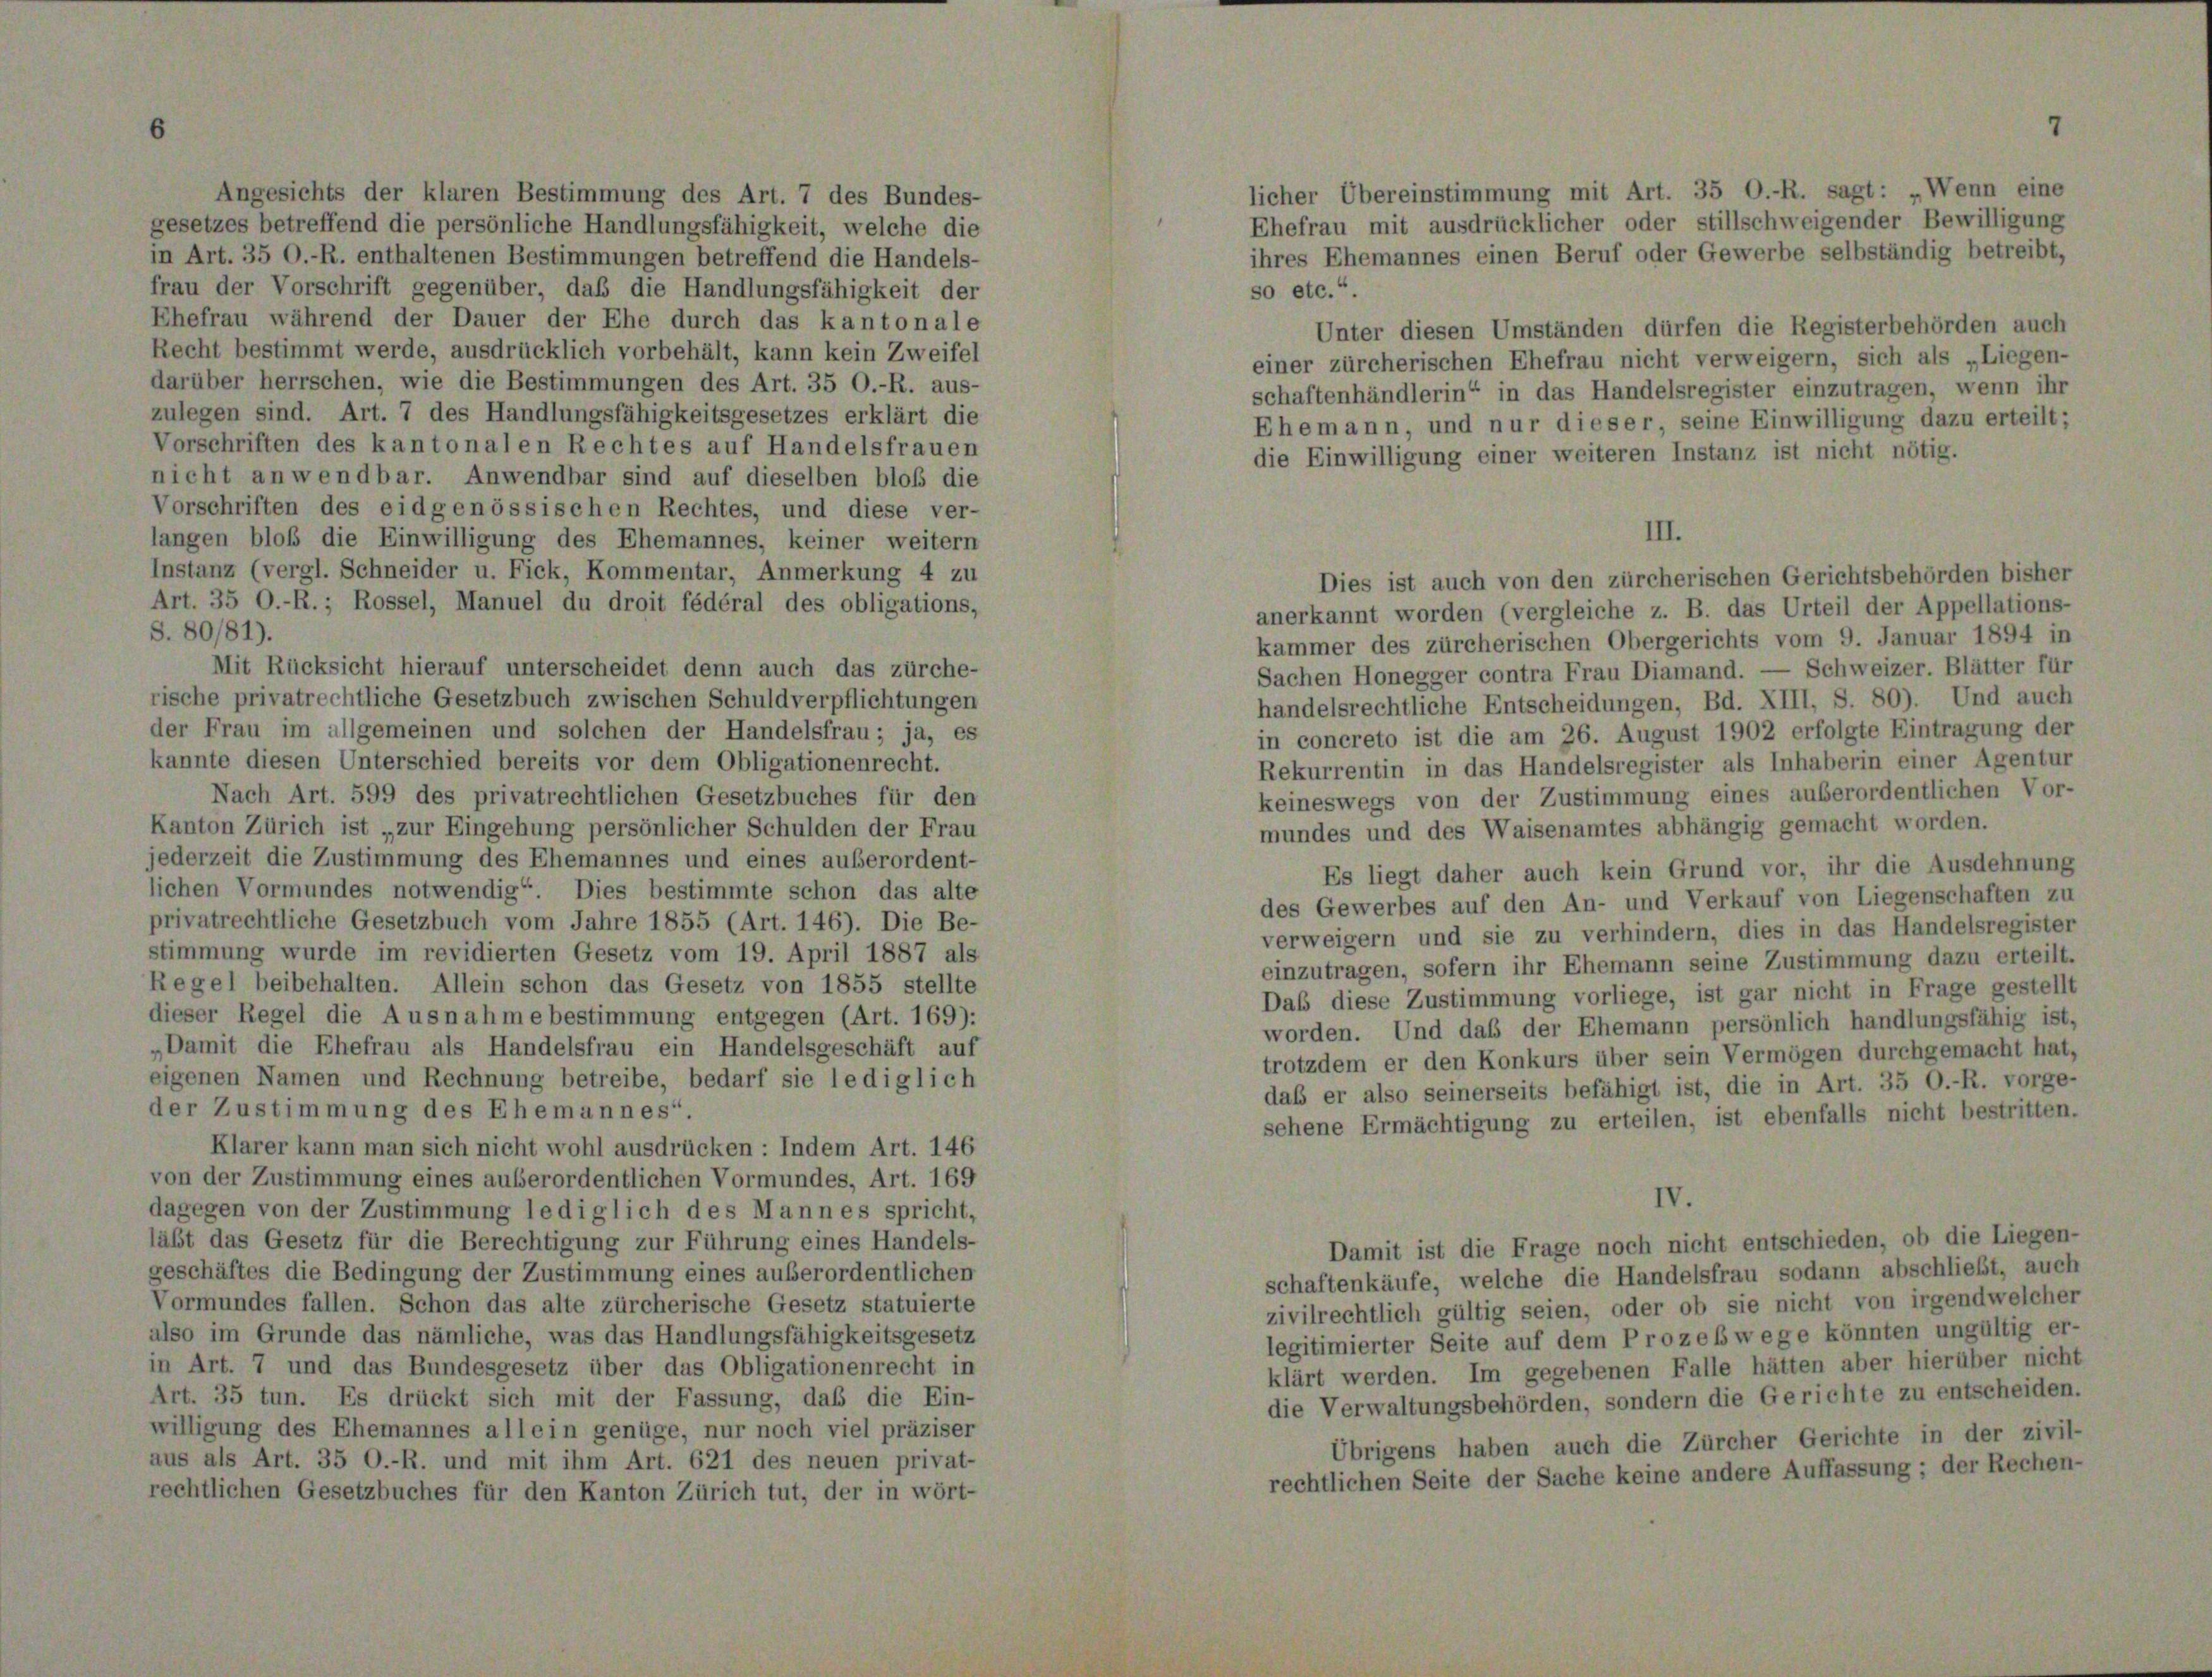
Angesichts der klaren Bestimmung des Art. 7 des Bundes-
gesetzes betreffend die persönliche Handlungsfähigkeit, welche die
n Art. 35 O.-R. enthaltenen Bestimmungen betreffend die Handels-
rau der Vorschrift gegenüber, daß die Handlungsfähigkeit der
Ehefrau während der Dauer der Ehe durch das kantonale
Recht bestimmt werde, ausdrücklich vorbehält, kann kein Zweifel
arüber herrschen, wie die Bestimmungen des Art. 35 O.-R. aus-
ulegen sind. Art. 7 des Handlungsfähigkeitsgesetzes erklärt die
Vorschriften des kantonalen Rechtes auf Handelsfrauen
richt anwendbar. Anwendbar sind auf dieselben bloß die
Vorschriften des eidgenössischen Rechtes, und diese ver-
angen bloß die Einwilligung des Ehemannes, keiner weitern
nstanz (vergl. Schneider u. Fick, Kommentar, Anmerkung 4 zu
Dies ist auch von den zürcherischen Gerichtsbehörden bisher
Art. 35 O.-R. ; Rossel, Manuel du droit fédéral des obligations,
anerkannt worden (vergleiche z. B. das Urteil der Appellations-
S. 80/81).
kammer des zürcherischen Obergerichts vom 9. Januar 1894 in
Mit Rücksicht hierauf unterscheidet denn auch das zürche-
Sachen Honegger contra Frau Diamand. — Schweizer. Blätter für
ische privatrechtliche Gesetzbuch zwischen Schuldverpflichtungen
handelsrechtliche Entscheidungen, Bd. XIII, S. 80). Und auch
ler Frau im allgemeinen und solchen der Handelsfrau; ja, es
in concreto ist die am 26. August 1902 erfolgte Eintragung der
annte diesen Unterschied bereits vor dem Obligationenrecht.
Rekurrentin in das Handelsregister als Inhaberin einer Agentur
Nach Art. 599 des privatrechtlichen Gesetzbuches für den
keineswegs von der Zustimmung eines außerordentlichen Vor-
mundes und des Waisenamtes abhängig gemacht worden.
Kanton Zürich ist „zur Eingehung persönlicher Schulden der Frau
ederzeit die Zustimmung des Ehemannes und eines außerordent-
Es liegt daher auch kein Grund vor, ihr die Ausdehnung
ichen Vormundes notwendig“. Dies bestimmte schon das alte
des Gewerbes auf den An- und Verkauf von Liegenschaften zu
privatrechtliche Gesetzbuch vom Jahre 1855 (Art. 146). Die Be-
verweigern und sie zu verhindern, dies in das Handelsregister
timmung wurde im revidierten Gesetz vom 19. April 1887 als
einzutragen, sofern ihr Ehemann seine Zustimmung dazu erteilt
Regel beibehalten. Allein schon das Gesetz von 1855 stellte
Daß diese Zustimmung vorliege, ist gar nicht in Frage gestell-
lieser Regel die Ausnahme bestimmung entgegen (Art. 169):
worden. Und daß der Ehemann persönlich handlungsfähig ist.
Damit die Ehefrau als Handelsfrau ein Handelsgeschäft auf
trotzdem er den Konkurs über sein Vermögen durchgemacht hat,
igenen Namen und Rechnung betreibe, bedarf sie lediglich
daß er also seinerseits befähigt ist, die in Art. 35 O.-R. vorge
er Zustimmung des Ehemannes“.
sehene Ermächtigung zu erteilen, ist ebenfalls nicht bestritten
Klarer kann man sich nicht wohl ausdrücken: Indem Art. 146
von der Zustimmung eines außerordentlichen Vormundes, Art. 169
IV.
lagegen von der Zustimmung lediglich des Mann es spricht,
äbt das Gesetz für die Berechtigung zur Führung eines Handels-
Damit ist die Frage noch nicht entschieden, ob die Liegen-
eschäftes die Bedingung der Zustimmung eines außerordentlichen
schaftenkäufe, welche die Handelsfrau sodann abschließt, auch
Vormundes fallen. Schon das alte zürcherische Gesetz statuierte
zivilrechtlich gültig seien, oder ob sie nicht von irgendwelcher
lso im Grunde das nämliche, was das Handlungsfähigkeitsgesetz
legitimierter Seite auf dem Prozeßwege könnten ungültig er-
n Art. 7 und das Bundesgesetz über das Obligationenrecht in
klärt werden. Im gegebenen Falle hätten aber hierüber nicht
Art. 35 tun. Es drückt sich mit der Fassung, daß die Ein-
die Verwaltungsbehörden, sondern die Gerichte zu entscheiden.
illigung des Ehemannes allein genüge, nur noch viel präziser
Übrigens haben auch die Zürcher Gerichte in der zivil-
us als Art. 35 O.-R. und mit ihm Art. 621 des neuen privat-
rechtlichen Seite der Sache keine andere Auffassung; der Rechen-
echtlichen Gesetzbuches für den Kanton Zürich tut, der in wört-

licher Übereinstimmung mit Art. 35 O.-R. sagt: „Wenn eine
Ehefrau mit ausdrücklicher oder stillschweigender Bewilligung
ihres Ehemannes einen Beruf oder Gewerbe selbständig betreibt,
so etc.“.
Unter diesen Umständen dürfen die Registerbehörden auch
einer zürcherischen Ehefrau nicht verweigern, sich als „Liegen-
schaftenhändlerin“ in das Handelsregister einzutragen, wenn ihr
Ehemann, und nur dieser seine Einwilligung dazu erteilt;
die Einwilligung einer weiteren Instanz ist nicht nötig.
III.